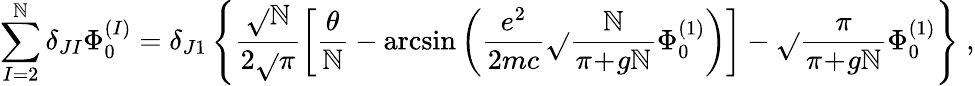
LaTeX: \sum_{I=2}^{\mathbb{N}}\delta_{JI}\Phi_{0}^{(I)}=\delta_{J1}\left\{ \frac{{\sqrt{}{{\mathbb{N}}}}}{{2\sqrt{}{{\pi}}}}\left[\frac{{\theta}}{{\mathbb{N}}}-\arcsin\left(\frac{{e^{2}}}{{2mc}}\sqrt{}{{\frac{{\mathbb{N}}}{{\pi\! +\! g\mathbb{N}}}}}\Phi_{0}^{(1)}\right)\right]-\sqrt{}{{\frac{{\pi}}{{\pi\! +\! g\mathbb{N}}}}}\Phi_{0}^{(1)}\right\} \; ,